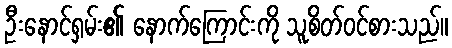
ဦးနောင်ရှမ်း၏ နောက်ကြောင်းကို သူစိတ်ဝင်စားသည်။